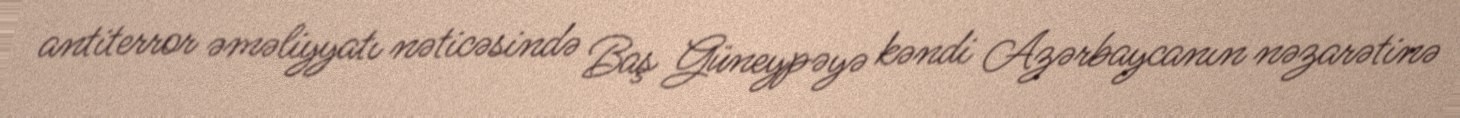
antiterror əməliyyatı nəticəsində Baş Güneypəyə kəndi Azərbaycanın nəzarətinə